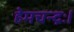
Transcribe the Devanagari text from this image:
हेमचन्द्रः।